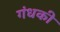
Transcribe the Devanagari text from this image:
गंधकी